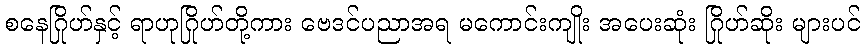
စနေဂြိုဟ်နှင့် ရာဟုဂြိုဟ်တို့ကား ဗေဒင်ပညာအရ မကောင်းကျိုး အပေးဆုံး ဂြိုဟ်ဆိုး များပင်